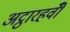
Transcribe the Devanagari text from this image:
अट्ठारहवीँ